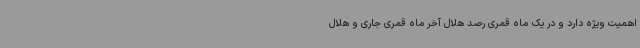
اهمیت ویژه دارد و در یک ماه قمری رصد هلال آخر ماه قمری جاری و هلال